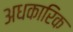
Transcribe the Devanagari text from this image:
अधकारिक